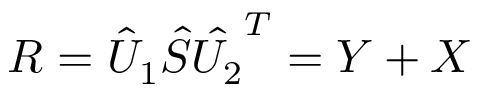
R = \hat { U } _ { 1 } \hat { S } \hat { U _ { 2 } } ^ { T } = Y + X